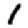
Digit: 1